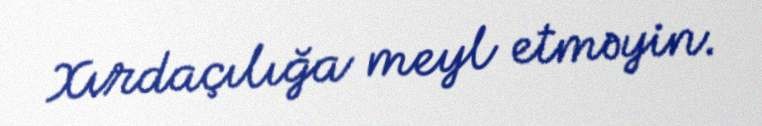
Xırdaçılığa meyl etməyin.